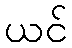
ယင်